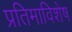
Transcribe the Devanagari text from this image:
प्रतिमाविशेष